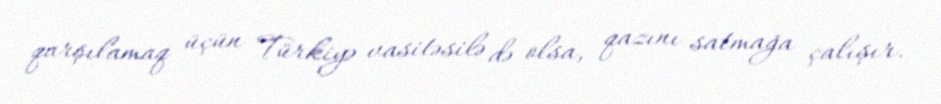
qarşılamaq üçün Türkiyə vasitəsilə də olsa, qazını satmağa çalışır.